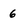
Character: 6